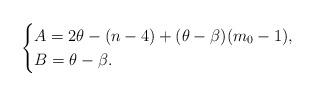
LaTeX: \begin{align*}\begin{cases}A=2\theta -(n-4)+(\theta-\beta)(m_0-1), \\B= \theta -\beta.\end{cases}\end{align*}